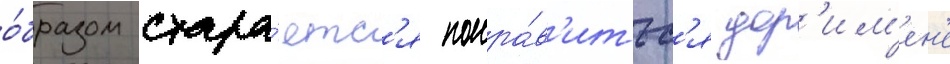
о́бразом стара́етс'я понра́в'итьс'я дор'им'ен'е